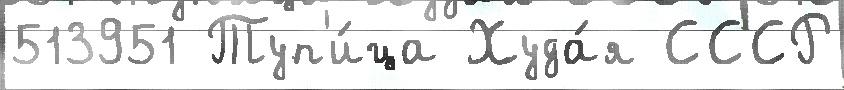
513951 Туп'и́ца Худа́я СССР